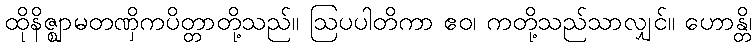
ထိုနိဇ္ဈာမတဏှိကပိတ္တာတို့သည်။ ဩပပါတိကာ ဧဝ၊ ကတို့သည်သာလျှင်။ ဟောန္တိ၊